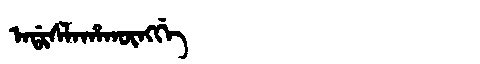
Manchu: ᠠᡩᡳᠰᠯᠠᡥᠠᡴᡡᠩᡤᡝ
Romanization: ADISLAHAKŪNGGE